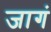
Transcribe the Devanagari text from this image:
जागं